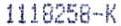
1118258-K